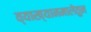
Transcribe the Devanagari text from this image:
व्याख्यानमालेतुन